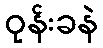
ဝုန်းခနဲ